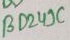
Text: BD249V